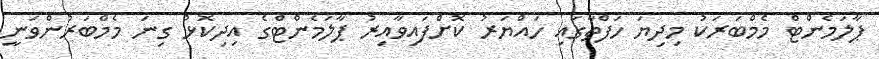
ޕާލަމެންޓް މެމްބަރަކު މިދިޔަ ހަފްތާގައި ހައްޔަރު ކޮށްފައިވާއިރު ޕާލަމެންޓްގެ އިދިކޮޅު ގިނަ މެމްބަރުންވަނީ